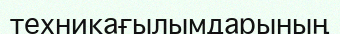
техникағылымдарының